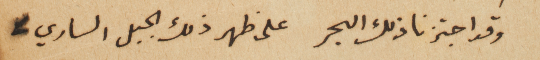
وقد اجتزنا ذلك البحر على ظهر ذلك الجبل الساري